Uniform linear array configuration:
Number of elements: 32
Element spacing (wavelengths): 1
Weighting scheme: cosine
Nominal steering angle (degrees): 15
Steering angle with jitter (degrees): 15.865
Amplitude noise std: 0.05
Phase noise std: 0.05

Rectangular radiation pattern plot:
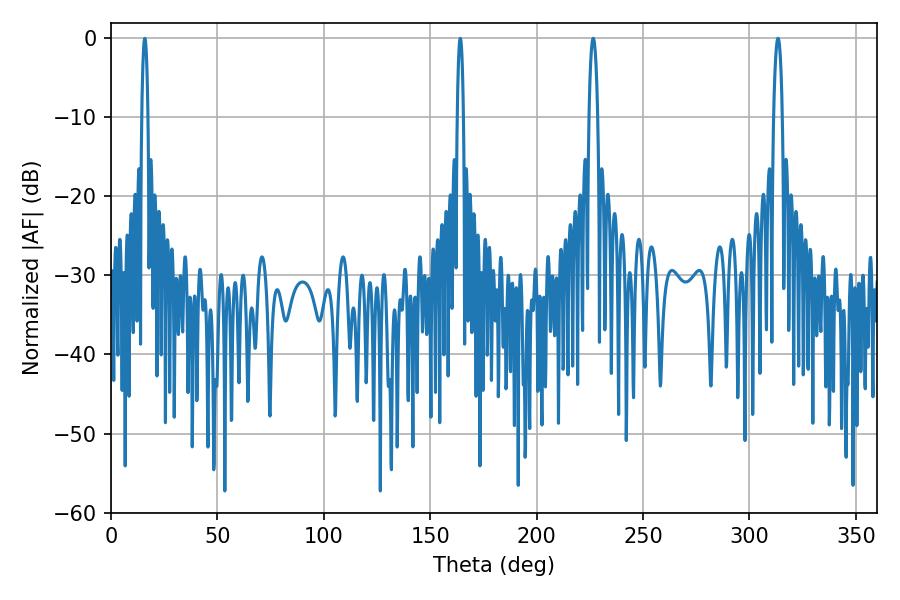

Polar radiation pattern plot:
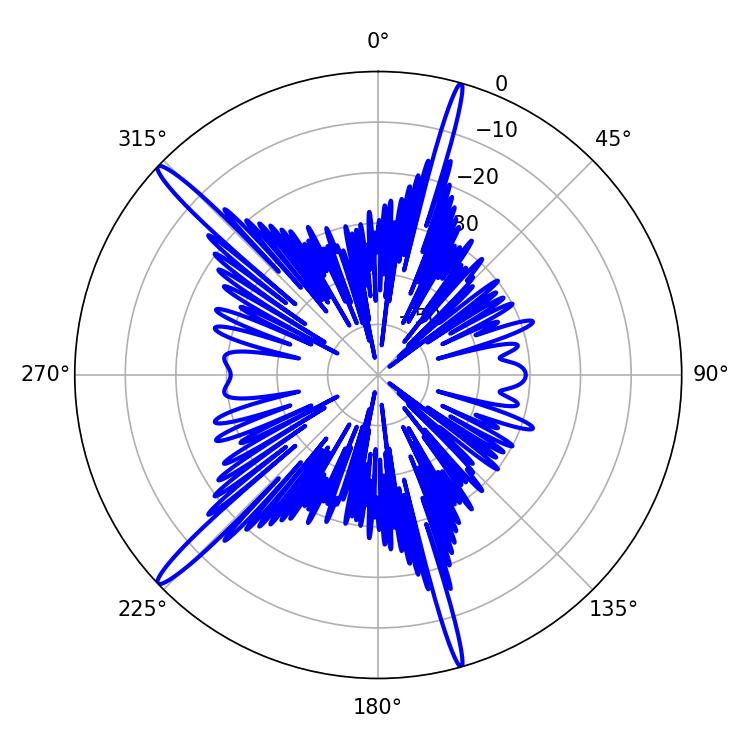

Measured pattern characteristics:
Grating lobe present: TRUE
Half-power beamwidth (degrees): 2.16
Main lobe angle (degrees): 313.38